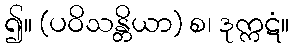
၍။ (ပဝိသန္တိယာ) စ၊ ဒုက္ကဋံ။